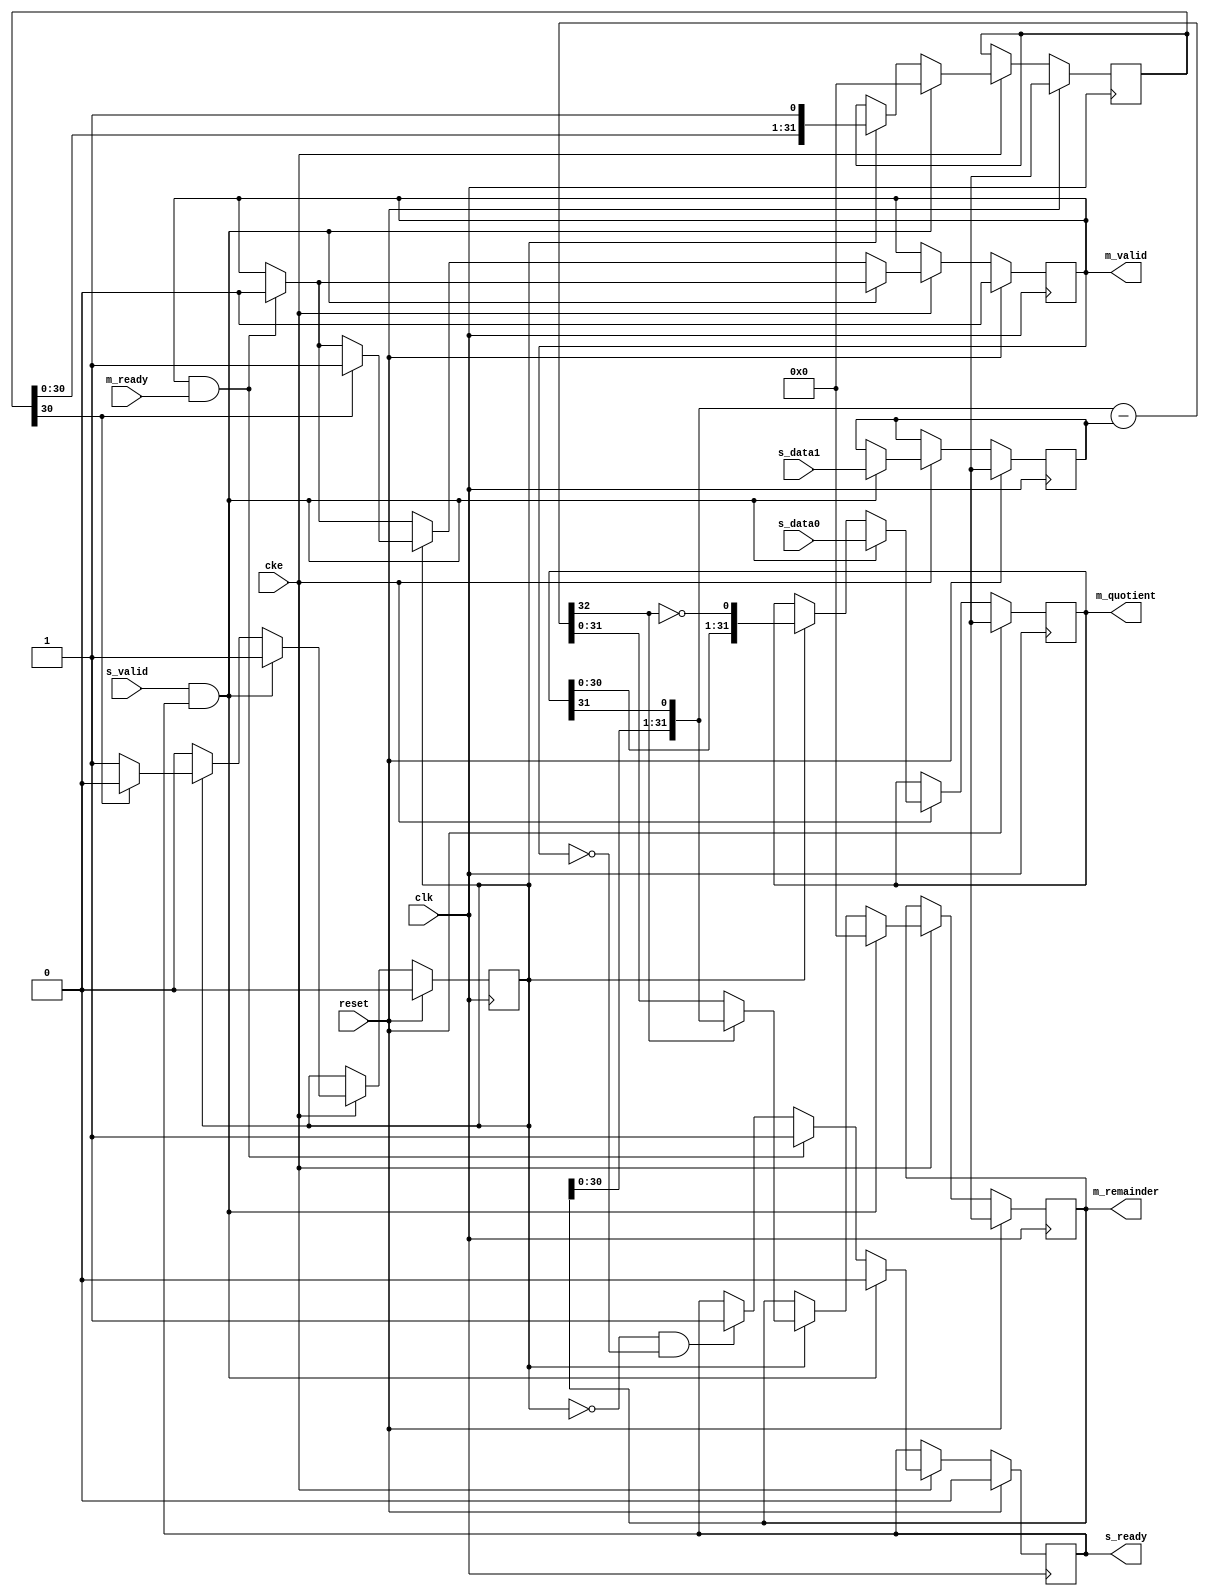
// This program was cloned from: https://github.com/ryuz/jelly
// License: MIT License

// ---------------------------------------------------------------------------
//  Jelly  -- The platform for real-time computing
//
//                                 Copyright (C) 2008-2020 by Ryuz
//                                 https://github.com/ryuz/jelly.git
// ---------------------------------------------------------------------------



`timescale       1ns / 1ps
`default_nettype none




// 
module jelly_unsigned_divide_multicycle
        #(
            parameter   DATA_WIDTH = 32
        )
        (
            input   wire                        reset,
            input   wire                        clk,
            input   wire                        cke,
            
            // input
            input   wire    [DATA_WIDTH-1:0]    s_data0,
            input   wire    [DATA_WIDTH-1:0]    s_data1,
            input   wire                        s_valid,
            output  wire                        s_ready,
            
            // output
            output  wire    [DATA_WIDTH-1:0]    m_quotient,
            output  wire    [DATA_WIDTH-1:0]    m_remainder,
            output  wire                        m_valid,
            input   wire                        m_ready
        );
    
    reg                         reg_busy;
    reg                         reg_ready;
    reg                         reg_valid;
    
    reg     [DATA_WIDTH-1:0]    reg_counter;
    wire    [DATA_WIDTH-1:0]    next_counter = {reg_counter, 1'b1};
    
    reg     [DATA_WIDTH-1:0]    reg_remainder;
    reg     [DATA_WIDTH-1:0]    reg_quotient;
    reg     [DATA_WIDTH-1:0]    reg_divisor;
    
    wire    [DATA_WIDTH-1:0]    remainder1;
    wire    [DATA_WIDTH-1:0]    quotient1;
    wire    [DATA_WIDTH:0]      quotient2;
    
    
    assign {remainder1, quotient1} = {reg_remainder, reg_quotient, ~quotient2[DATA_WIDTH]};
    assign quotient2               = remainder1 - reg_divisor;
    
    always @ ( posedge clk ) begin
        if ( reset ) begin
            reg_busy      <= 1'b0;
            reg_ready     <= 1'b0;
            reg_valid     <= 1'b0;
            reg_counter   <= {DATA_WIDTH{1'bx}};
            reg_remainder <= {DATA_WIDTH{1'bx}};
            reg_quotient  <= {DATA_WIDTH{1'bx}};
            reg_divisor   <= {DATA_WIDTH{1'bx}};
        end
        else if ( cke ) begin
            if ( !reg_busy && !reg_valid ) begin
                reg_ready <= 1'b1;
            end
            
            if ( m_valid & m_ready ) begin
                reg_valid <= 1'b0;
                reg_ready <= 1'b1;
            end
            
            if ( s_valid & s_ready ) begin
                reg_remainder <= {DATA_WIDTH{1'b0}};
                reg_quotient  <= s_data0;
                reg_divisor   <= s_data1;
                reg_busy      <= 1'b1;
                reg_ready     <= 1'b0;
                reg_counter   <= 0;
            end
            else if ( reg_busy ) begin
                reg_remainder <= quotient2[DATA_WIDTH] ? remainder1 : quotient2[DATA_WIDTH-1:0];
                reg_quotient  <= quotient1;
                
                reg_counter <= next_counter;
                if ( next_counter[DATA_WIDTH-1] ) begin
                    reg_busy  <= 1'b0;
                    reg_valid <= 1'b1;
                end
            end
        end
    end
    
    assign s_ready     = reg_ready;
    
    assign m_quotient  = reg_quotient;
    assign m_remainder = reg_remainder;
    assign m_valid     = reg_valid;
    
endmodule



`default_nettype wire



// end of file